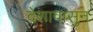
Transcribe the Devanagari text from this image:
देशापासुन